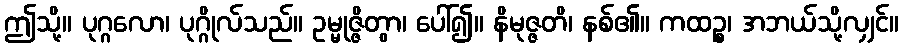
ဤသို့။ ပုဂ္ဂလော၊ ပုဂ္ဂိုလ်သည်။ ဥမ္မုဇ္ဇိတွာ၊ ပေါ်၍။ နိမုဇ္ဇတိ၊ နစ်၏။ ကထဉ္စ၊ အဘယ်သို့လျှင်။